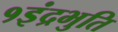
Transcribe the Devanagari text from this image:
१इंद्रभुति